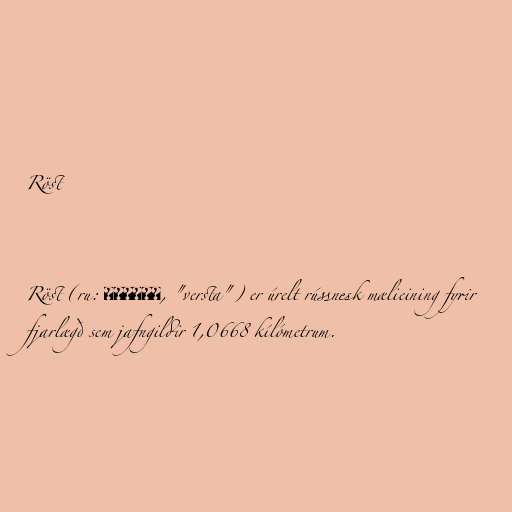
Röst

Röst (ru: верста, "versta") er úrelt rússnesk mælieining fyrir
fjarlægð sem jafngildir 1,0668 kílómetrum.